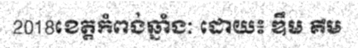
2018ខេត្តកំពង់ឆ្នាំងៈ ដោយ៖ ឌឹម គឹម